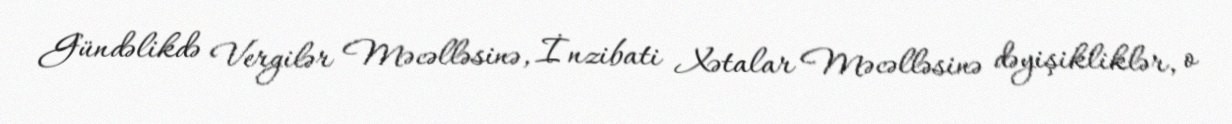
Gündəlikdə Vergilər Məcəlləsinə, İnzibati Xətalar Məcəlləsinə dəyişikliklər, o